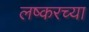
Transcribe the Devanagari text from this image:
लष्करच्या